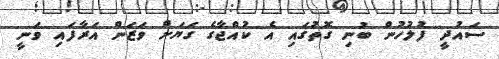
ސައުދީ ފުލުހުން ބުނި ގޮތުގައި އެ ކުއްޖާގެ ގަޔަށް ވަޒަން އަރާފައި ވަނީ